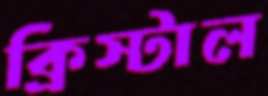
ক্রিস্টাল